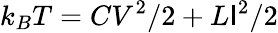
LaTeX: k_{B}T=CV^{2}/2+L\mathsf{I}^{2}/2